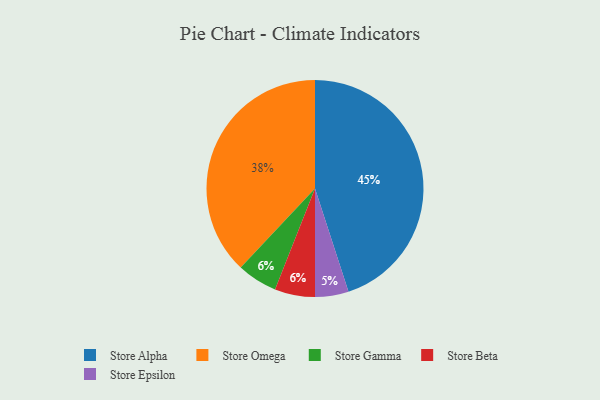
{"axis": {"x": "Category", "y": "Percentage"}, "legend": ["Store Alpha", "Store Beta", "Store Epsilon", "Store Gamma", "Store Omega"], "data": [{"x": "Store Gamma", "y": 6, "type": "Store Gamma"}, {"x": "Store Omega", "y": 38, "type": "Store Omega"}, {"x": "Store Alpha", "y": 45, "type": "Store Alpha"}, {"x": "Store Epsilon", "y": 5, "type": "Store Epsilon"}, {"x": "Store Beta", "y": 6, "type": "Store Beta"}]}